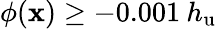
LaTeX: \phi(\mathbf{x})\geq-0.001\: h_{\mathrm{u}}